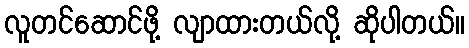
လူတင်ဆောင်ဖို့ လျာထားတယ်လို့ ဆိုပါတယ်။